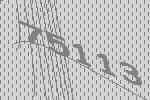
75113